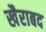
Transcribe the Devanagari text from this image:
खैराबद